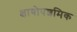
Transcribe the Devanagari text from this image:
क्षायोपशमिक